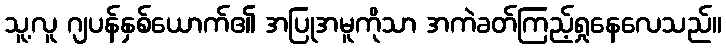
သူ့လူ ဂျပန်နှစ်ယောက်၏ အပြုအမူကိုသာ အကဲခတ်ကြည့်ရှုနေလေသည်။